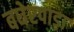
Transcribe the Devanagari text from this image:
बघेरपाड़ा